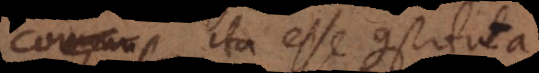
commu ita esse constituta,